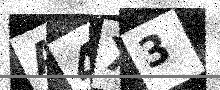
Text: A4X3